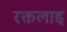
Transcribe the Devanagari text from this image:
रक्तलाइ